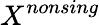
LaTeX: X^{nonsing}